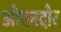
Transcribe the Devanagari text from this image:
ओएनदोर